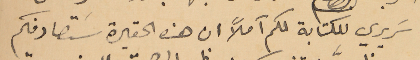
سَريري للكتابة لكم آملاً ان هذه الحقيرة ستصادفكم